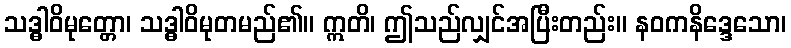
သဒ္ဓါဝိမုတ္တော၊ သဒ္ဓါဝိမုတမည်၏။ ဣတိ၊ ဤသည်လျှင်အပြီးတည်း။ နဝကနိဒ္ဒေသော၊